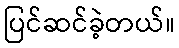
ပြင်ဆင်ခဲ့တယ်။